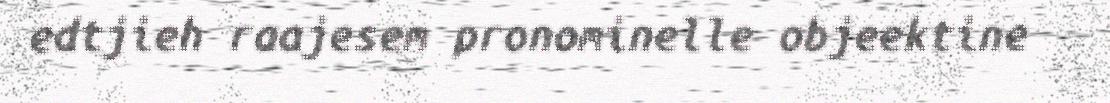
edtjieh raajesem pronominelle objeektine